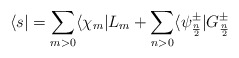
\begin{align*}\langle s| = \sum_{m>0} \langle \chi_m| L_m +\sum_{n>0} \langle \psi^\pm_{n\over2}| G^\pm_{n\over2}\end{align*}